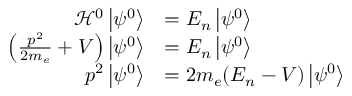
{ \begin{array} { r l } { { \mathcal { H } } ^ { 0 } \left\vert \psi ^ { 0 } \right\rangle } & { = E _ { n } \left\vert \psi ^ { 0 } \right\rangle } \\ { \left( { \frac { p ^ { 2 } } { 2 m _ { e } } } + V \right) \left\vert \psi ^ { 0 } \right\rangle } & { = E _ { n } \left\vert \psi ^ { 0 } \right\rangle } \\ { p ^ { 2 } \left\vert \psi ^ { 0 } \right\rangle } & { = 2 m _ { e } ( E _ { n } - V ) \left\vert \psi ^ { 0 } \right\rangle } \end{array} }